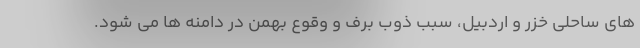
های ساحلی خزر و اردبیل، سبب ذوب برف و وقوع بهمن در دامنه ها می شود.